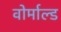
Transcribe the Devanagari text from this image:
वोर्माल्ड